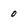
Character: o